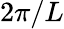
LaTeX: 2\pi/L